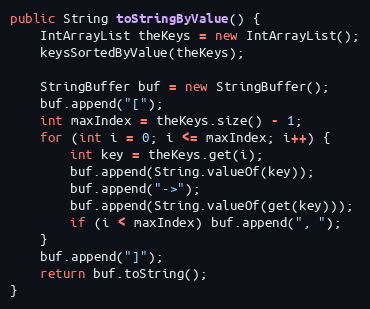
Language: Java
public String toStringByValue() {
	IntArrayList theKeys = new IntArrayList();
	keysSortedByValue(theKeys);

	StringBuffer buf = new StringBuffer();
	buf.append("[");
	int maxIndex = theKeys.size() - 1;
	for (int i = 0; i <= maxIndex; i++) {
		int key = theKeys.get(i);
	    buf.append(String.valueOf(key));
		buf.append("->");
	    buf.append(String.valueOf(get(key)));
		if (i < maxIndex) buf.append(", ");
	}
	buf.append("]");
	return buf.toString();
}